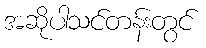
အဆိုပါသင်တန်းတွင်